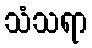
သံသရာ